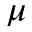
\mu